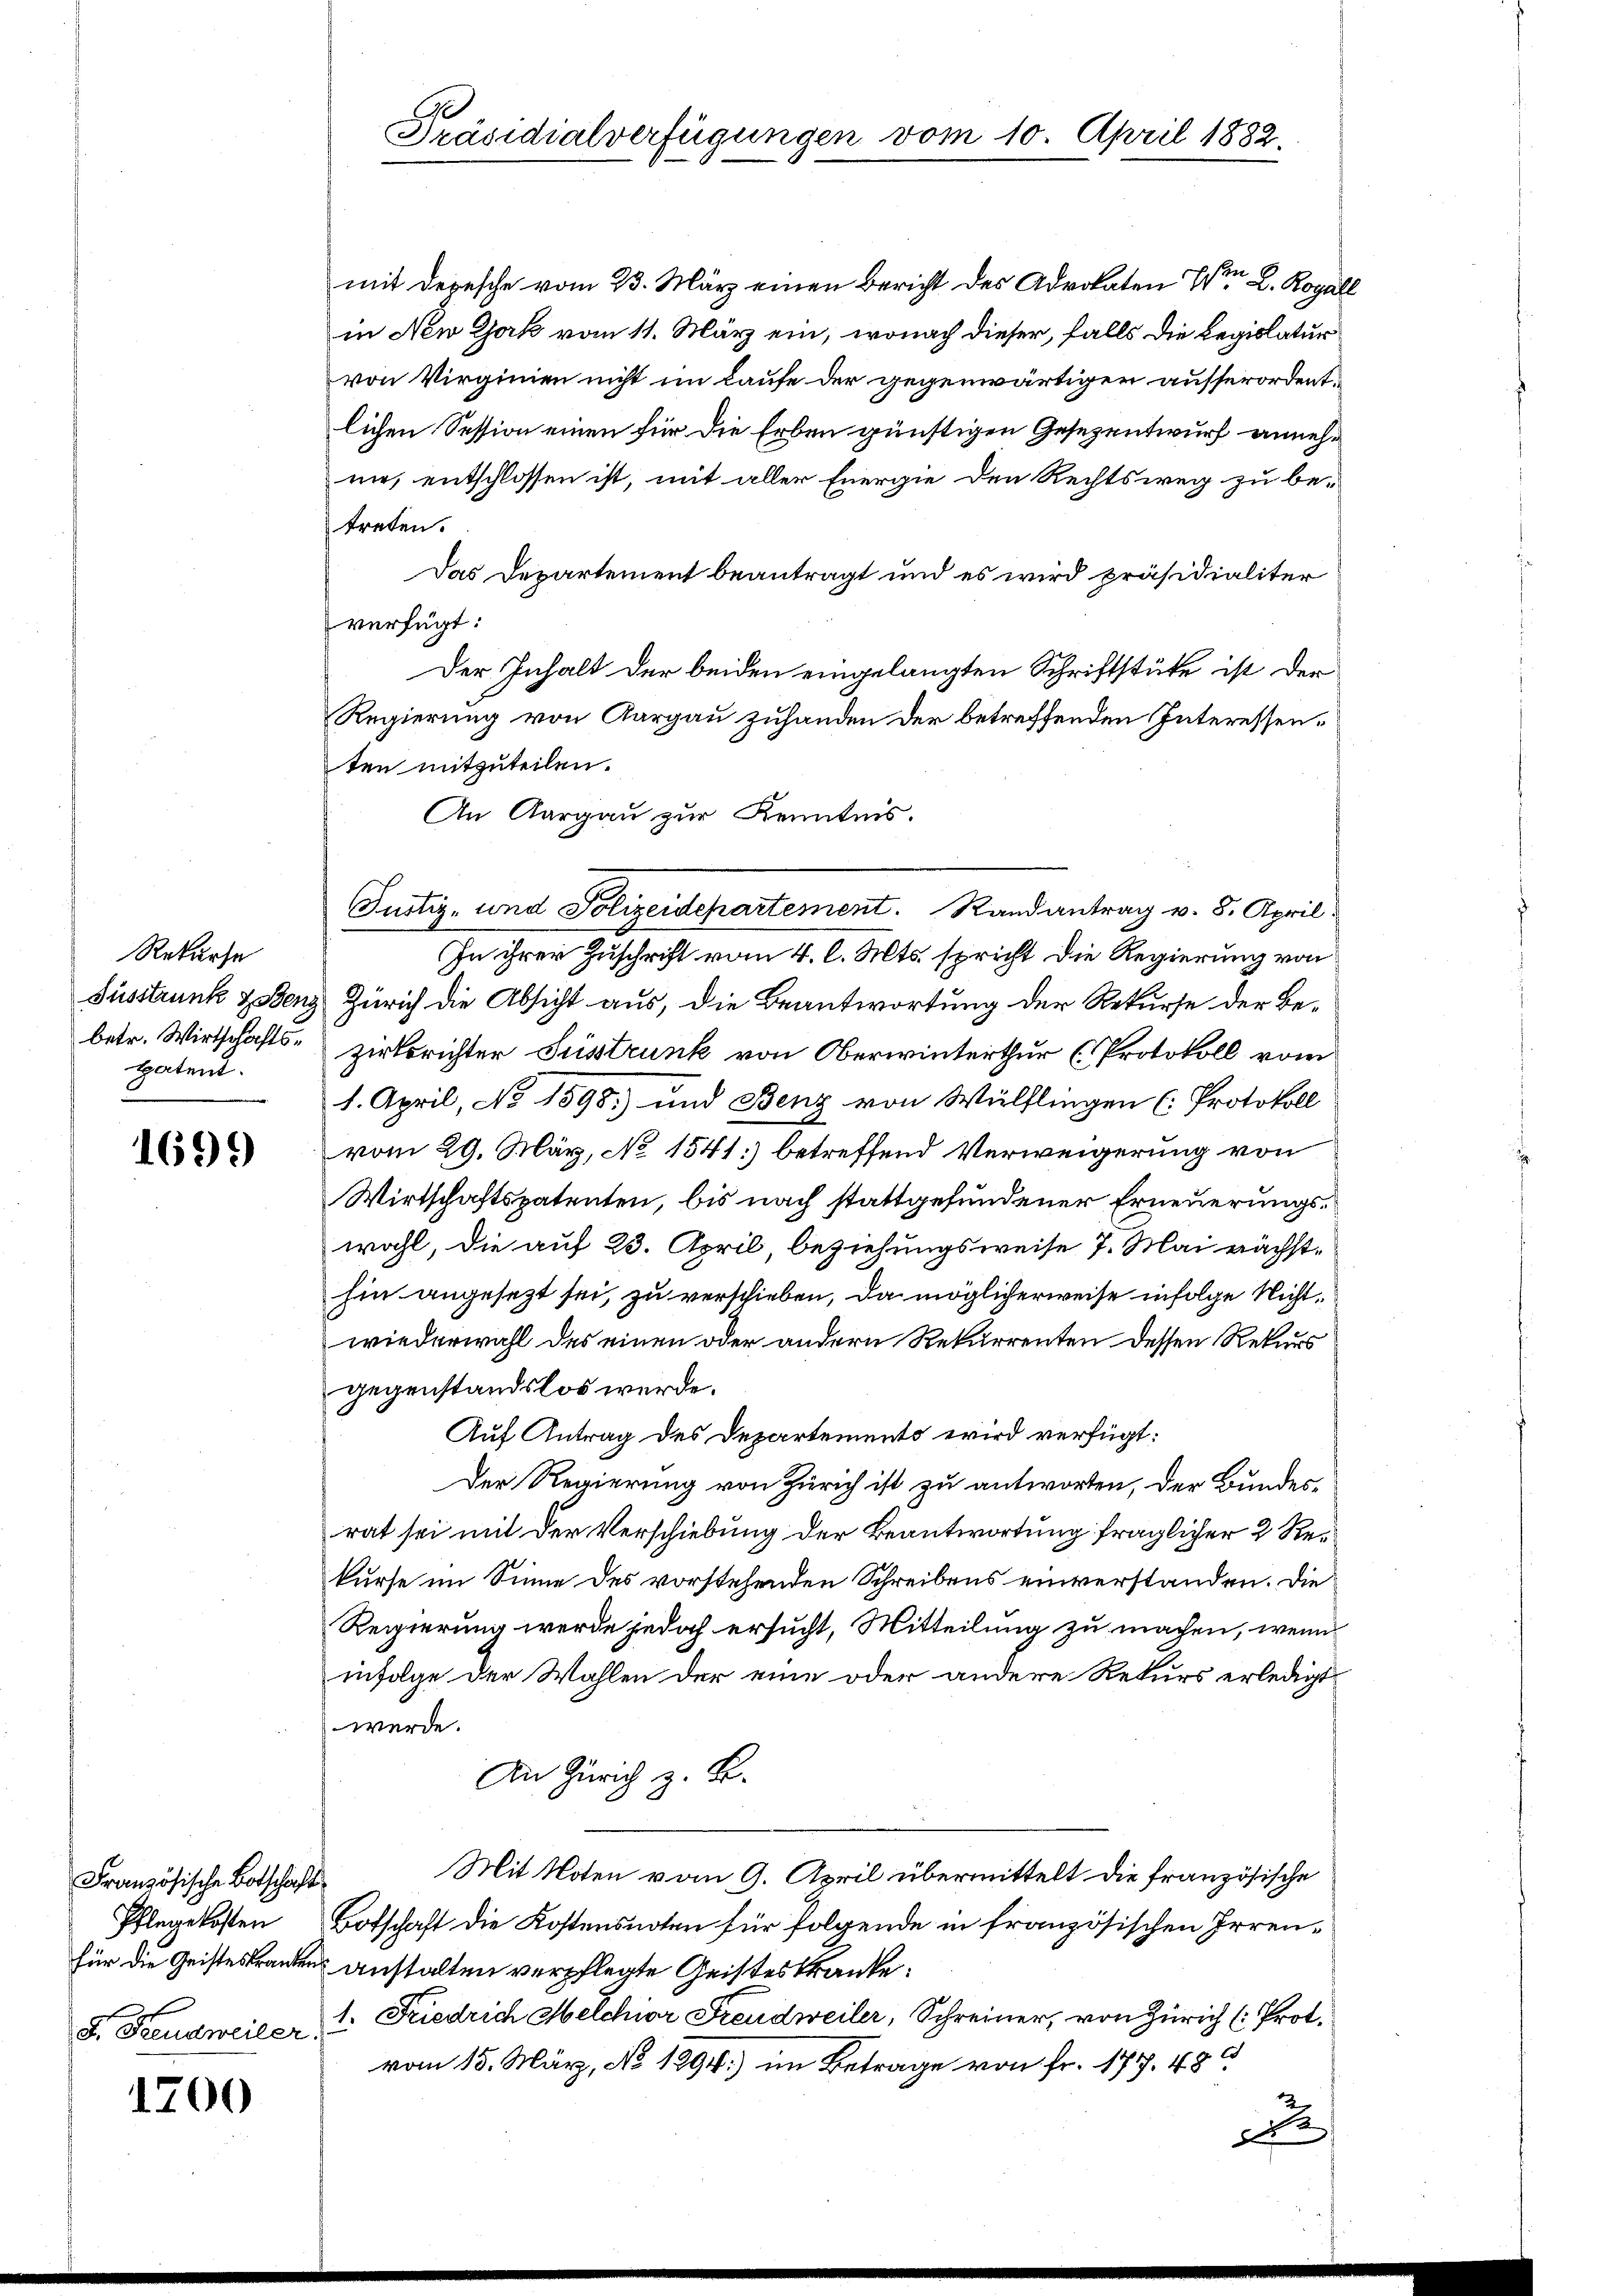
Rekurse
betr. Wirthschaftsspatent.

1699

Französische Botschaft
Pflege kosten
d. Freudweiler

1700

lichen Session einen für die Erben günstigen Gesezentwurf annehnie, entschlossen ist, mit aller Energie den Rechtsweg zu betreten.
Das Departement beantragt und es wird präsidialiter
verfügt:
Der Inhalt der beiden eingelangten Schriftstüke ist der
Regierung von Aargau zuhanden der betreffenden Interessenten mitzuteilen.
An Aargau zur Kenntnis.
Justiz- und Polizeidepartement. Randantrag v. 8. April
In ihrer Zuschrift vom 4. l. Mts. spricht die Regierung von
Susstrunk & Benz Zürich die Absicht aus, die Beantwortung der Rekurse der Bezirksrichter Sustrunk von Oberwinterthur (Protokoll vom
1. April, No 1598. und Benz von Wülflingen (Protokoll
vom 29. März, No 1541) betreffend Verweigerung von
Wirtschaftspatenten, bis nach stattgefundener Erneuerungswohl, die auf 23. April, beziehungsweise 7. Mai nächsthin angesezt sei, zu verschieben, da möglicherweise infolge Nichtwiederwahl des einen oder andern Rekurrenten dessen Rekurs
gegenstandslos werde.
Auf Antrag des Departemento wird verfügt:
Der Regierung von Zürich ist zu antworten, der Bundesrat sei mit der Verschiebung der Beantwortung fraglicher 2 Rekurse im Sinne des vorstehenden Schreibens einverstanden. Die
Regierung werde jedoch ersucht, Mitteilung zu machen, wenn
infolge der Wahlen der eine oder andere Rekurs erledigt
werde.
An Zürich z. B.
Mit Noten vom 9. April übermittelt die französische
Botschaft die Kostensnoten für folgende in französischen Irrenfür die Geisteskranken anstalten verpflegte Geisteskranke:
1. Friedrich Melchior Freudweiler, Schreiner, von Zürich (Prot.
vom 15. März, No 1294) im Betrage von Fr. 177. 48
d

A
Präsidialverfügungen vom 10. April 1882.

mit Depesche vom 23. März einen Bericht des Advokaten Voren L. Rogall
in New York vom 11. März ein, wonach dieser, falls die Regislatur
von Virginien nicht im Laufe der gegenwärtigen ausserordent¬